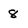
Character: 8